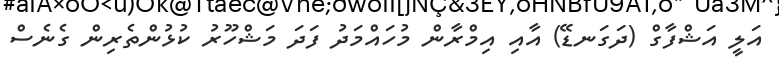
އަލީ އަޝްފާގް (ދަގަނޑޭ) އާއި އިމްރާން މުހައްމަދު ފަދަ މަޝްހޫރު ކުޅުންތެރިން ގެނެސް